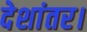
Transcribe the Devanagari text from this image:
देशांतर।